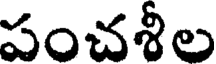
పంచశీల